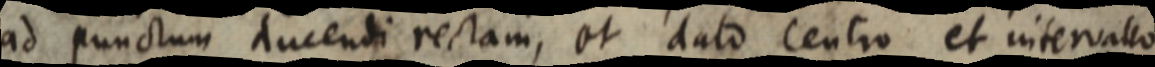
ad punctum ducendi rectam, et dato centro et intervallo